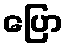
ပြော